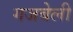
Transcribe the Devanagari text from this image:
गजबेली